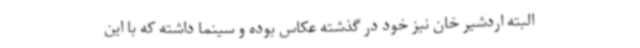
البته اردشیر خان نیز خود در گذشته عکاس بوده و سینما داشته که با این